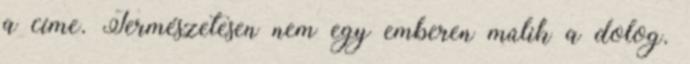
a címe. Természetesen nem egy emberen múlik a dolog.